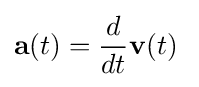
\mathbf {a} (t)={\frac {d}{dt}}\mathbf {v} (t)\;